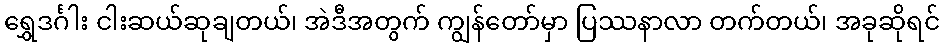
ရွှေဒင်္ဂါး ငါးဆယ်ဆုချတယ်၊ အဲဒီအတွက် ကျွန်တော်မှာ ပြဿနာလာ တက်တယ်၊ အခုဆိုရင်